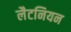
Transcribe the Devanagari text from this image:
लैटनियन